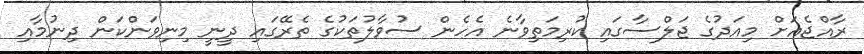
ރާއްޖެއަށް މިއަދުގެ ޖަލްސާގައި ކުރިމަތިވާނެ އެހެން ސުވާލުތަކުގެ ތެރޭގައި ދީނީ މިނިވަންކަން ދިނުމާއި